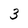
Character: 3